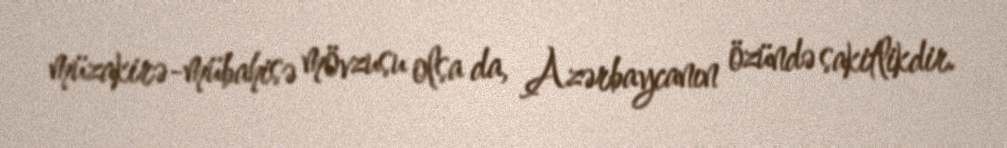
müzakirə-mübahisə mövzusu olsa da, Azərbaycanın özündə sakitlikdir.